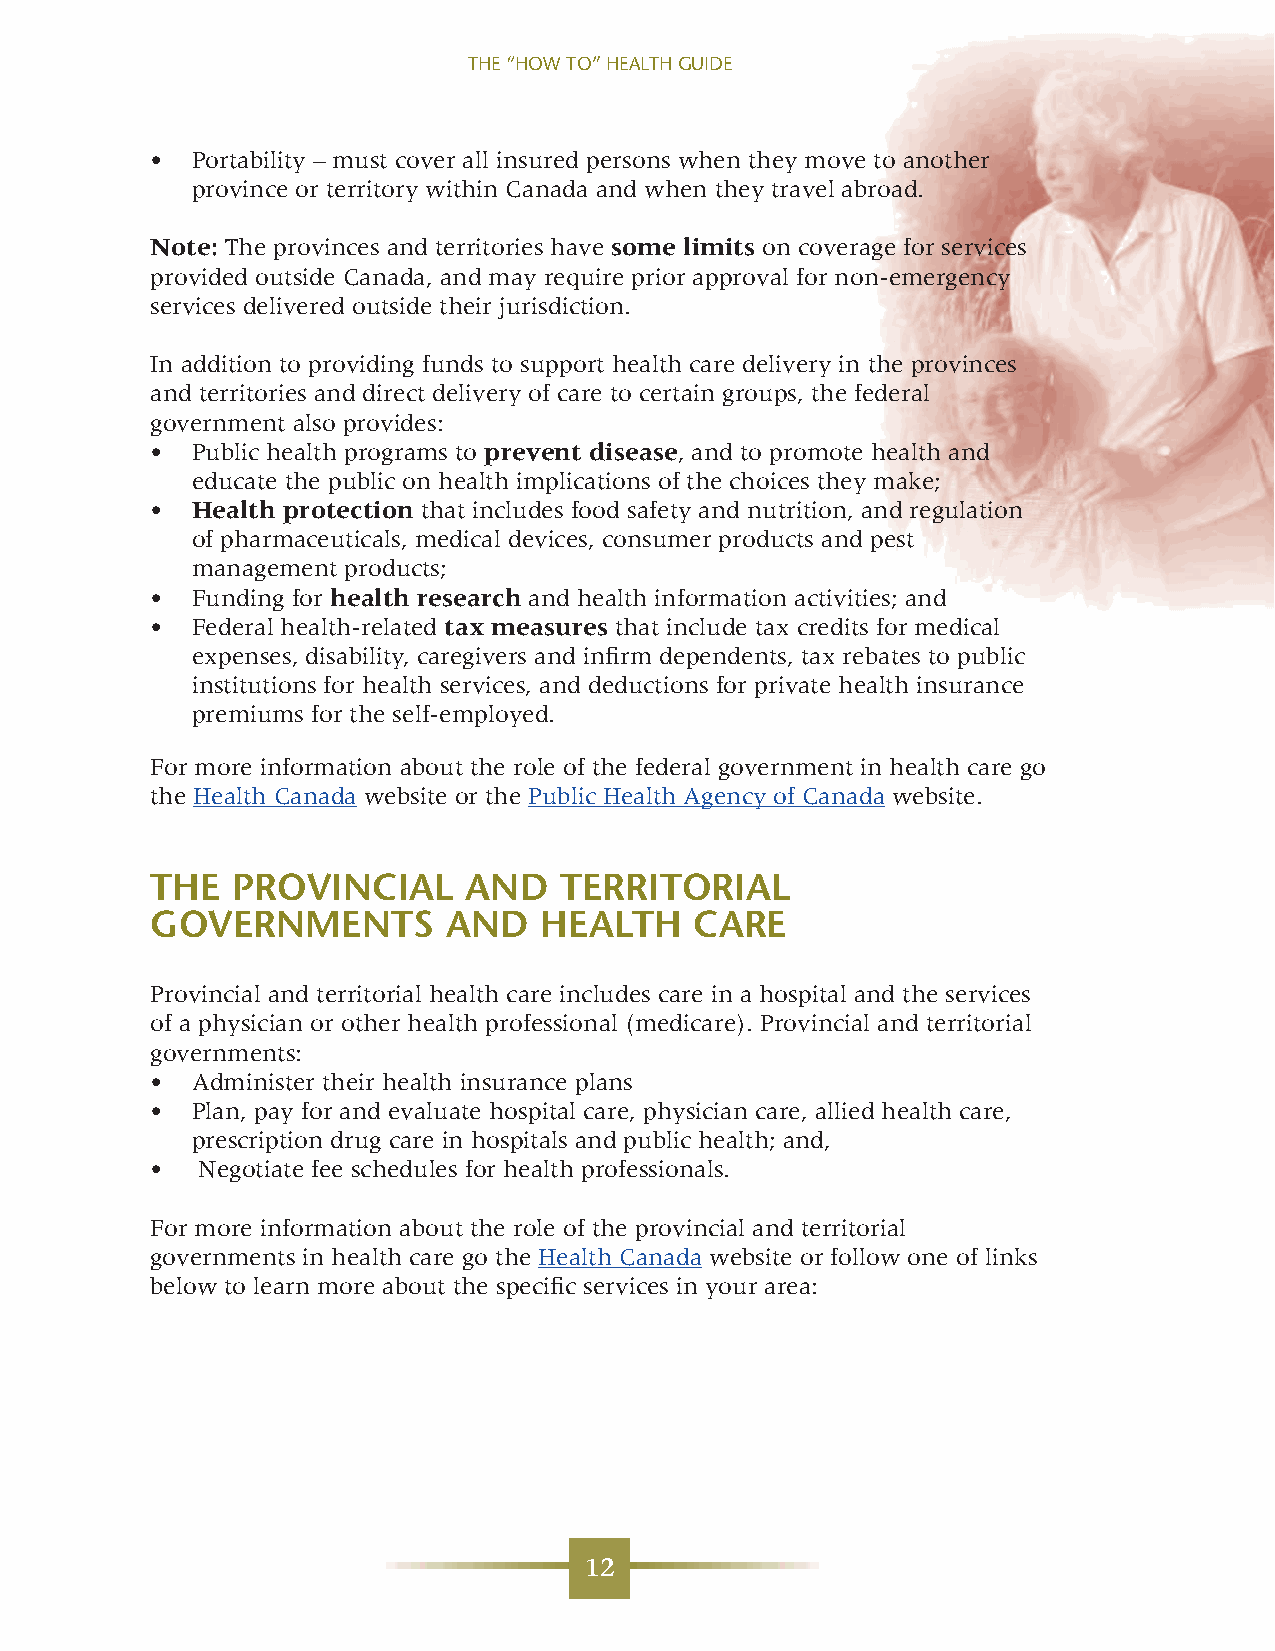
THE “HOW TO” HEALTH GUIDE
 •  Portability – must cover all insured persons when they move to another
 province or territory within Canada and when they travel abroad.
 Note: The provinces and territories have some limits on coverage for services
 provided outside Canada, and may require prior approval for non-emergency
 services delivered outside their jurisdiction.
 In addition to providing funds to support health care delivery in the provinces
 and territories and direct delivery of care to certain groups, the federal
 government also provides:
 •  Public health programs to prevent disease, and to promote health and
 educate the public on health implications of the choices they make;
 •  Health protection that includes food safety and nutrition, and regulation
 of pharmaceuticals, medical devices, consumer products and pest
 management products;
 •  Funding for health research and health information activities; and
 •  Federal health-related tax measures that include tax credits for medical
 expenses, disability, caregivers and infirm dependents, tax rebates to public
 institutions for health services, and deductions for private health insurance
 premiums for the self-employed.
 For more information about the role of the federal government in health care go
 the Health Canada website or the Public Health Agency of Canada website.
 THE  PROVINCIAL      AND   TERRITORIAL
 GOVERNMENTS         AND   HEALTH    CARE
 Provincial and territorial health care includes care in a hospital and the services
 of a physician or other health professional (medicare). Provincial and territorial
 governments:
 •  Administer their health insurance plans
 •  Plan, pay for and evaluate hospital care, physician care, allied health care,
 prescription drug care in hospitals and public health; and,
 •  Negotiate fee schedules for health professionals.
 For more information about the role of the provincial and territorial
 governments in health care go the Health Canada website or follow one of links
 below to learn more about the specific services in your area:
 12